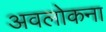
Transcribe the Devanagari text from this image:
अवलोकना